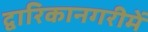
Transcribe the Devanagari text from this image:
द्वारिकानगरीमें